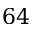
6 4